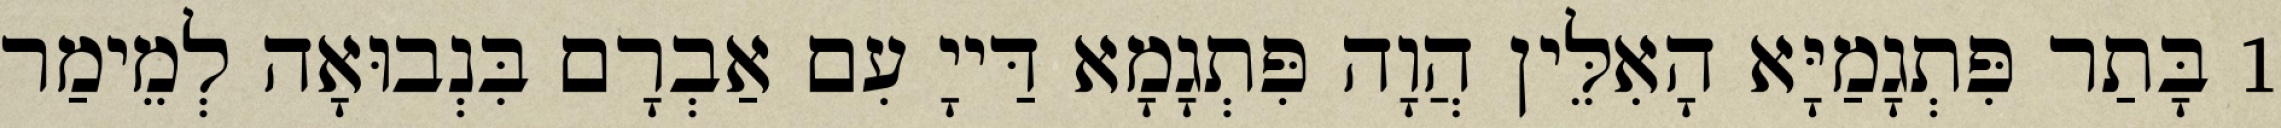
1 בָּתַר פִּתְגָמַיָּא הָאִלֵּין הֲוָה פִּתְגָמָא דַּייָ עִם אַבְרָם בִּנְבוּאָה לְמֵימַר